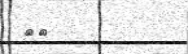
١٩